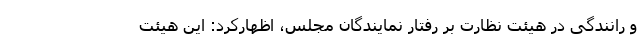
و رانندگی در هیئت نظارت بر رفتار نمایندگان مجلس، اظهارکرد: این هیئت